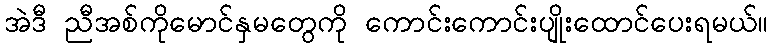
အဲဒီ ညီအစ်ကိုမောင်နှမတွေကို ကောင်းကောင်းပျိုးထောင်ပေးရမယ်။